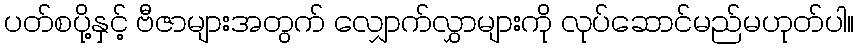
ပတ်စပို့နှင့် ဗီဇာများအတွက် လျှောက်လွှာများကို လုပ်ဆောင်မည်မဟုတ်ပါ။